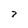
Character: 7